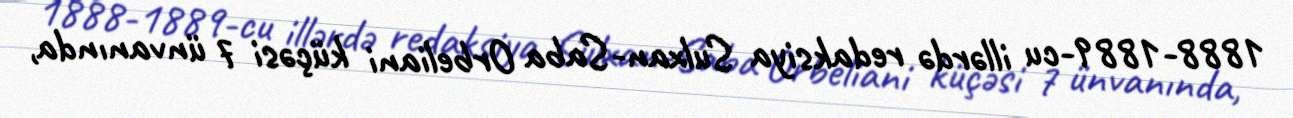
1888-1889-cu illərdə redaksiya Sulxan-Saba Orbeliani küçəsi 7 ünvanında,